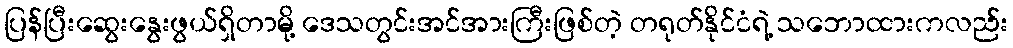
ပြန်ပြီးဆွေးနွေးဖွယ်ရှိတာမို့ ဒေသတွင်းအင်အားကြီးဖြစ်တဲ့ တရုတ်နိုင်ငံရဲ့ သဘောထားကလည်း